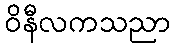
ဝိနီလကသညာ